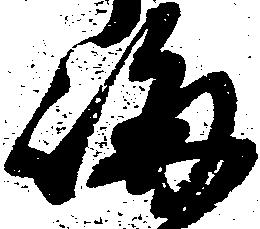
晦